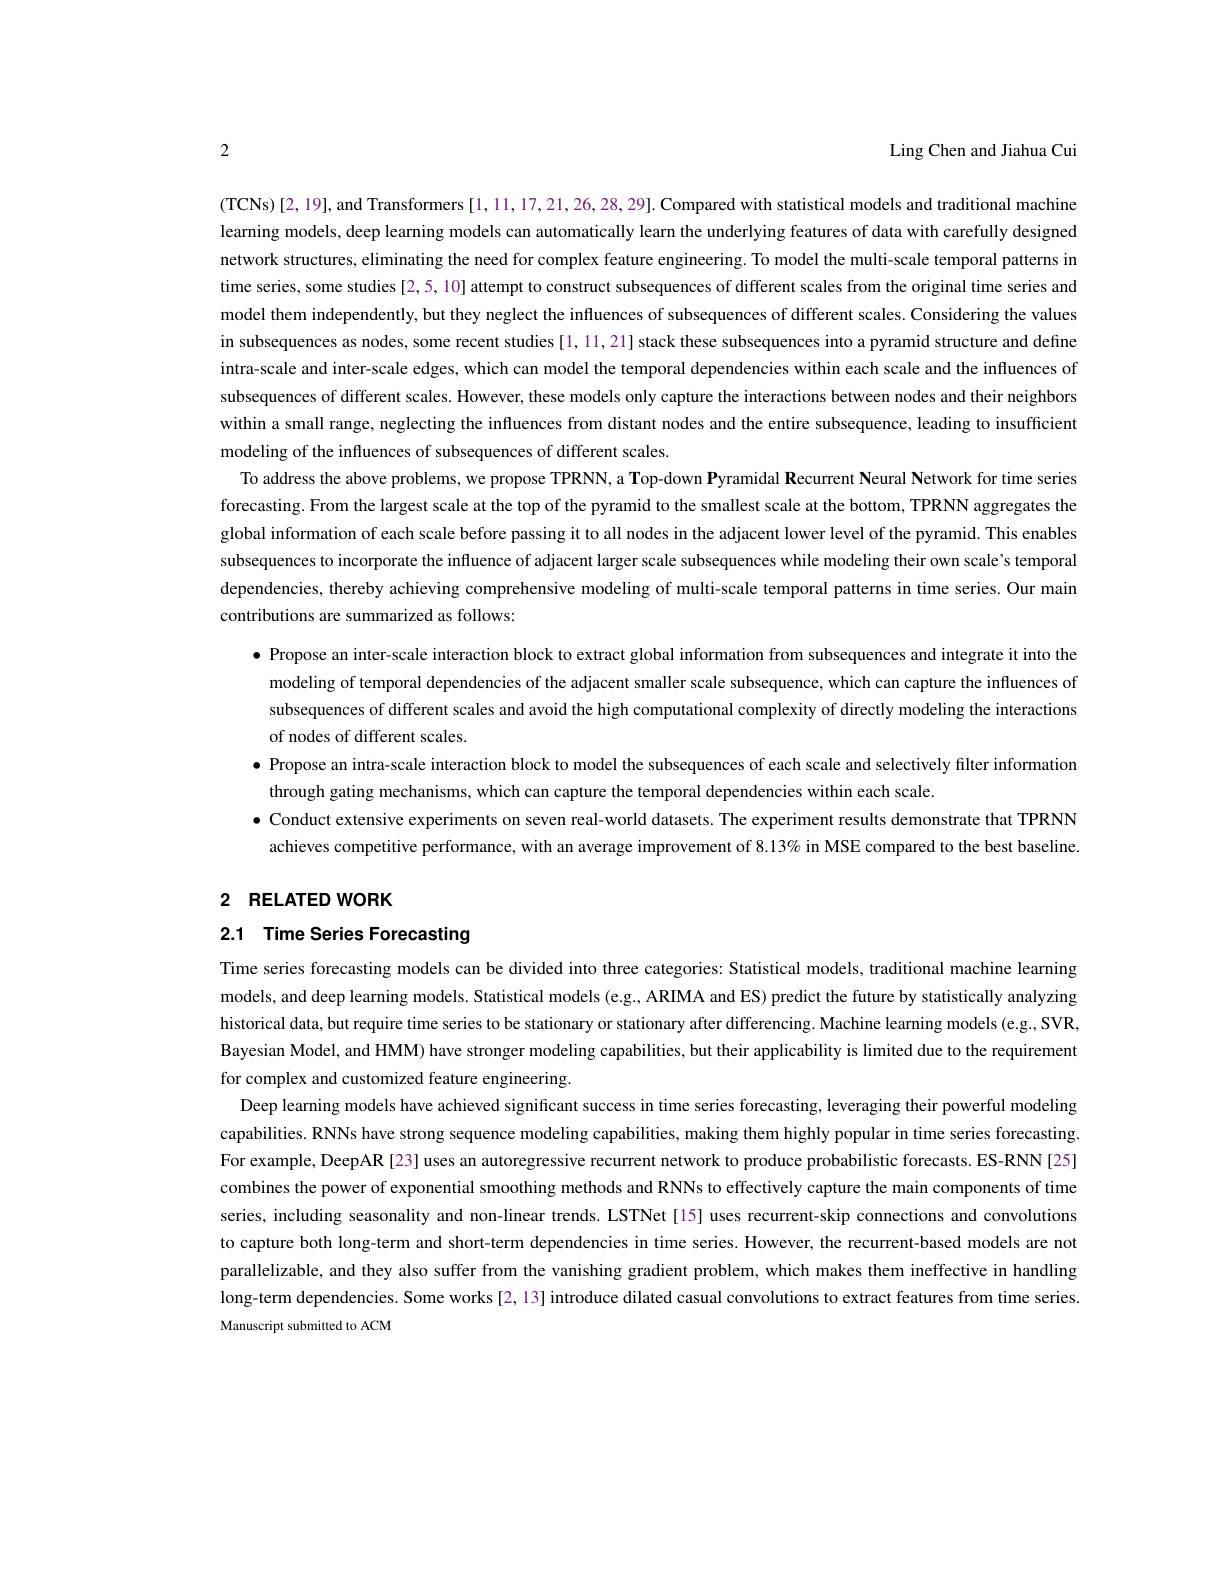
Ling Chen and Jiahua Cui

2

(TCNs)[2,19],and Transformers[1,11,17,21,26,28,29]. Compared with statistical models and traditional machine learning models, deep learning models can automatically learn the underlying features of data with carefully designed network structures, eliminating the need for complex feature engineering. To model the multi-scale temporal patterns in time series, some studies [2,5, 10] attempt to construct subsequences of different scales from the original time series and model them independently, but they neglect the influences of subsequences of different scales. Considering the values in subsequences as nodes, some recent studies [1,11,21] stack these subsequences into a pyramid structure and define intra-scale and inter-scale edges, which can model the temporal dependencies within each scale and the influences of subsequences of different scales. However, these models only capture the interactions between nodes and their neighbors within a small range, neglecting the influences from distant nodes and the entire subsequence, leading to insufficient modeling of the influences of subsequences of different scales
To address the above problems, we propose TPRN, a Top-down Pyramidal Recurrent Neural Network for time series forecasting. From the largest scale at the top of the pyramid to the smallest scale at the bottom, TPRNN aggregates the global information of each scale before passing it to all nodes in the adjacent lower level of the pyramid. This enables subsequences to incorporate the influence of adjacent larger scale subsequences while modeling their own scale's temporal dependencies, thereby achieving comprehensive modeling of multi-scale temporal patterns in time series. Our main contributions are summarized as follows:
$\bullet$ Propose an inter-scale interaction block to extract global information from subsequences and integrate it into the
modeling of temporal dependencies of the adjacent smaller scale subsequence, which can capture the influences of subsequences of different scales and avoid the high computational complexity of directly modeling the interactions of nodes of different scales.
· Propose an intra-scale interaction block to model the subsequences of each scale and selectively filter information
through gating mechanisms, which can capture the temporal dependencies within each scale.
$\bullet$ Conduct extensive experiments on seven real-world datasets. The experiment results demonstrate that TPRNN
achieves competitive performance, with an average improvement of 8.13% in MSE compared to the best baseline

# 2 RELATED WORK

2.1 Time Series Forecasting

Time series forecasting models can be divided into three categories: Statistical models, traditional machine learning models, and deep learning models. Statistical models (e.g., ARIMA and ES) predict the future by statistically analyzing historical data, but require time series to be stationary or stationary after differencing. Machine learning models (e.g., SVR, Bayesian Model, and HMM) have stronger modeling capabilities, but their applicability is limited due to the requirement for complex and customized feature engineering.
Deep learning models have achieved significant success in time series forecasting, leveraging their powerful modeling capabilities. RNNs have strong sequence modeling capabilities, making them highly popular in time series forecasting. For example, DeepAR [23] uses an autoregressive recurrent network to produce probabilistic forecasts. ES-RNN[25] combines the power of exponential smoothing methods and RNNs to effectively capture the main components of time series, including seasonality and non-linear trends. LSTNet[15] uses recurrent-skip connections and convolutions to capture both long-term and short-term dependencies in time series. However, the recurrent-based models are not parallelizable, and they also suffer from the vanishing gradient problem, which makes them ineffective in handling long-term dependencies. Some works[2,13] introduce dilated casual convolutions to extract features from time series Manuscript submitted to ACM